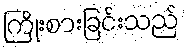
ကြိုးစားခြင်းသည်